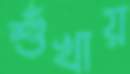
শুঁখায়